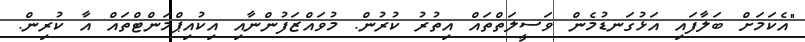
"އެކަމަށް ބަލާފައި އަޅުގަނޑުމެން ވަސީލަތްތައް އިތުރު ކުރުން. މުވައްޒަފުންނާއި އިކުއިޕްމަންޓްތައް އާ ކުރިން.